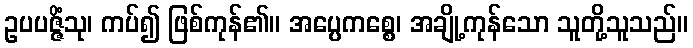
ဥပပဇ္ဇိံသု၊ ကပ်၍ ဖြစ်ကုန်၏။ အပ္ပေကစ္စေ၊ အချို့ကုန်သော သူတို့သူသည်။